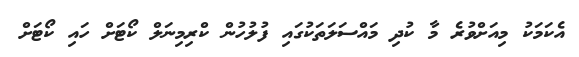
އެކަމަކު މިއަށްވުރެ މާ ކުދި މައްސަލަތަކުގައި ފުލުހުން ކްރިމިނަލް ކޯޓަށް ހައި ކޯޓަށް